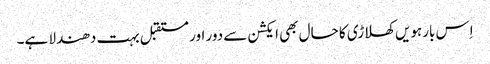
اِس بارہویں کھلاڑی کا حال بھی ایکشن سے دور اور مستقبل بہت دھندلا ہے۔